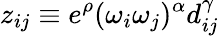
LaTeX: z_{ij}\equiv e^{\rho}(\omega_{i}\omega_{j})^{\alpha}d_{ij}^{\gamma}